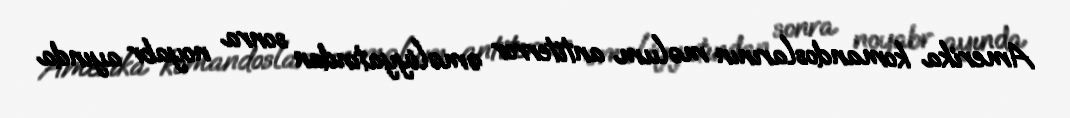
Amerika komandoslarının məlum antiterror əməliyyatından sonra noyabr ayında